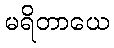
မရိတာယေ